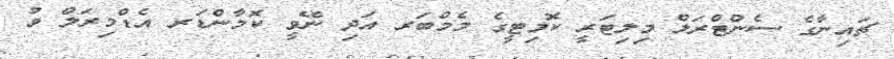
ޗައިނާގެ ސެންޓްރަލް މިލިޓަރީ ކޮމިޓީގެ މެމްބަރ އަދި ނޭވީ ކޮމާންޑަރ އެޑްމިރަލް ވު